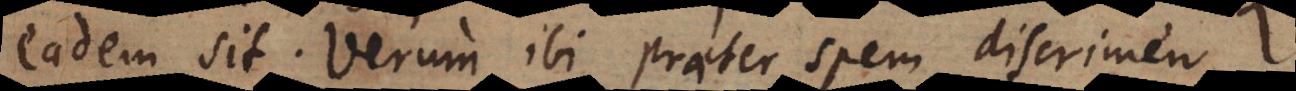
eadem sit. Verum ibi praeter spem discrimen